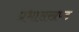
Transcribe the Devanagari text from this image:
प्रभासखण्ड